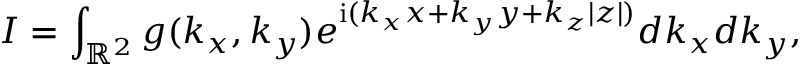
I = \int _ { \mathbb { R } ^ { 2 } } g ( k _ { x } , k _ { y } ) e ^ { \mathrm { i } ( k _ { x } x + k _ { y } y + k _ { z } | z | ) } d k _ { x } d k _ { y } ,